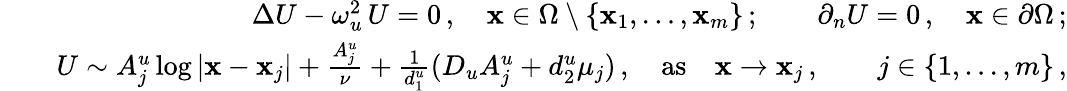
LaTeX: \begin{array}{rlr}&{}&{\Delta U-\omega_{u}^{2}\, U=0\, ,\quad{\mathbf x}\in\Omega\setminus\{ {\mathbf x}_{1},\ldots,{\mathbf x}_{m}\} \, ;\qquad\partial_{n}U=0\, ,\quad{\mathbf x}\in\partial\Omega\, ;}\\ &{}&{U\sim A_{j}^{u}\log|{\mathbf x}-{\mathbf x}_{j}|+\frac{A_{j}^{u}}{\nu}+\frac{1}{d_{1}^{u}}(D_{u}A_{j}^{u}+d_{2}^{u}\mu_{j})\, ,\quad\mathrm{as}\quad{\mathbf x}\to{\mathbf x}_{j}\, ,\qquad j\in\lbrace{1,\ldots,m\rbrace}\, ,}\end{array}